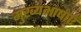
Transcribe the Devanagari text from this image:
मुख्यभाषाएँ